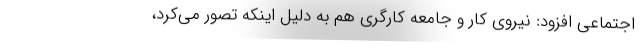
اجتماعی افزود: نیروی کار و جامعه کارگری هم به دلیل اینکه تصور می‌کرد،